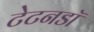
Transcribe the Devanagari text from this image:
टेटनडॉ